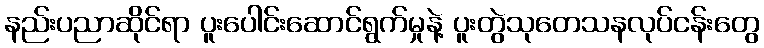
နည်းပညာဆိုင်ရာ ပူးပေါင်းဆောင်ရွက်မှုနဲ့ ပူးတွဲသုတေသနလုပ်ငန်းတွေ